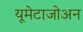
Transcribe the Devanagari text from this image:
यूमेटाजोअन